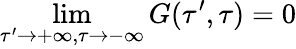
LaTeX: \operatorname*{lim}_{\tau^{\prime}\rightarrow+\infty,\tau\rightarrow-\infty}G(\tau^{\prime},\tau)=0